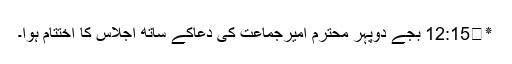
٭	12:15 بجے دوپہر محترم امیرجماعت کی دعاکے ساتھ اجلاس کا اختتام ہوا۔